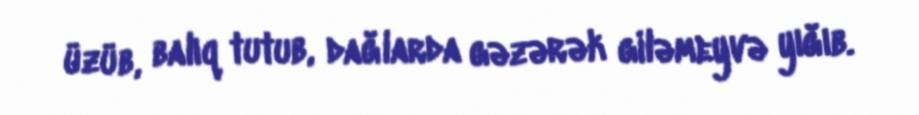
üzüb, balıq tutub, dağlarda gəzərək giləmeyvə yığıb.